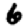
Digit: 6